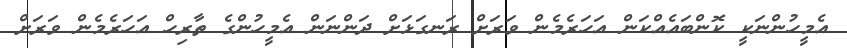
އެމީހުންނަކީ ކޮންބައެއްކަން އަހަރެމެން ވަރަށް ރަނގަޅަށް ދަންނަން އެމީހުންގެ ތާރިހް އަހަރެމެން ވަރަށް